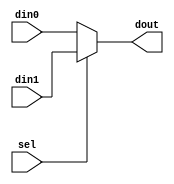
module mux2to1(sel, din0, din1, dout);
parameter N = 32;
input sel;
input [N-1:0] din0, din1;
output [N-1:0] dout;

assign dout = sel ? din1 : din0;

endmodule